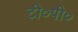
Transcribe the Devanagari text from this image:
टी०पी०